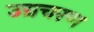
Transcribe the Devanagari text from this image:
उग्रचरण